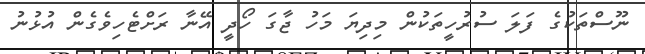
ނޫސްތަކުގެ ފަލަ ސުރުހީތަކުން މިދިޔަ މަހު ޖާގަ ހޯދީ އޭނާ ރަށްޓެހިވެގެން އުޅުނު